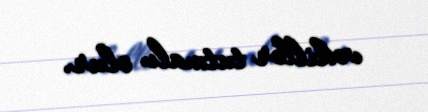
vəkillər tutmalı olur.